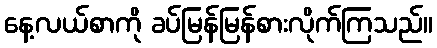
နေ့လယ်စာကို ခပ်မြန်မြန်စားလိုက်ကြသည်။